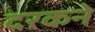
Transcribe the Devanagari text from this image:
दरकने